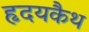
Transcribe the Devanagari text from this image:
हृदयकैथ